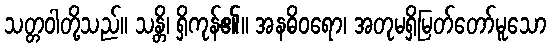
သတ္တဝါတို့သည်။ သန္တိ၊ ရှိကုန်၏။ အနဓိဝရော၊ အတုမရှိမြတ်တော်မူသော